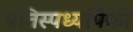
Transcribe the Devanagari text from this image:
प्रतिस्पर्ध्यांपैकी